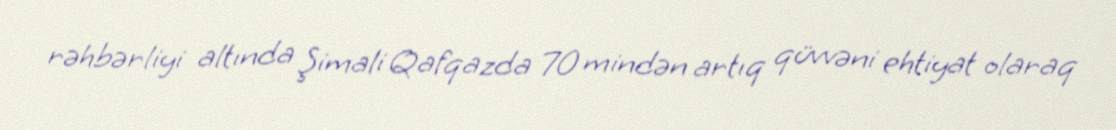
rəhbərliyi altında Şimali Qafqazda 70 mindən artıq qüvvəni ehtiyat olaraq